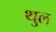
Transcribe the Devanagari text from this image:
थुल